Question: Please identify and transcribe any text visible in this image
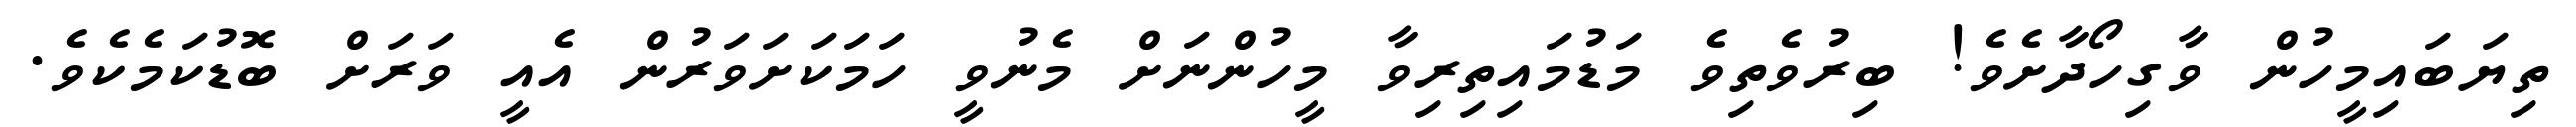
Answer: ތިޔަބައިމީހުން ވާގިހޯދާށެވެ! ބިރުވެތިވެ މަޑުމައިތިރިވާ މީހުންނަށް މެނުވީ ހަމަކަށަވަރުން އެއީ ވަރަށް ބޮޑުކަމެކެވެ.